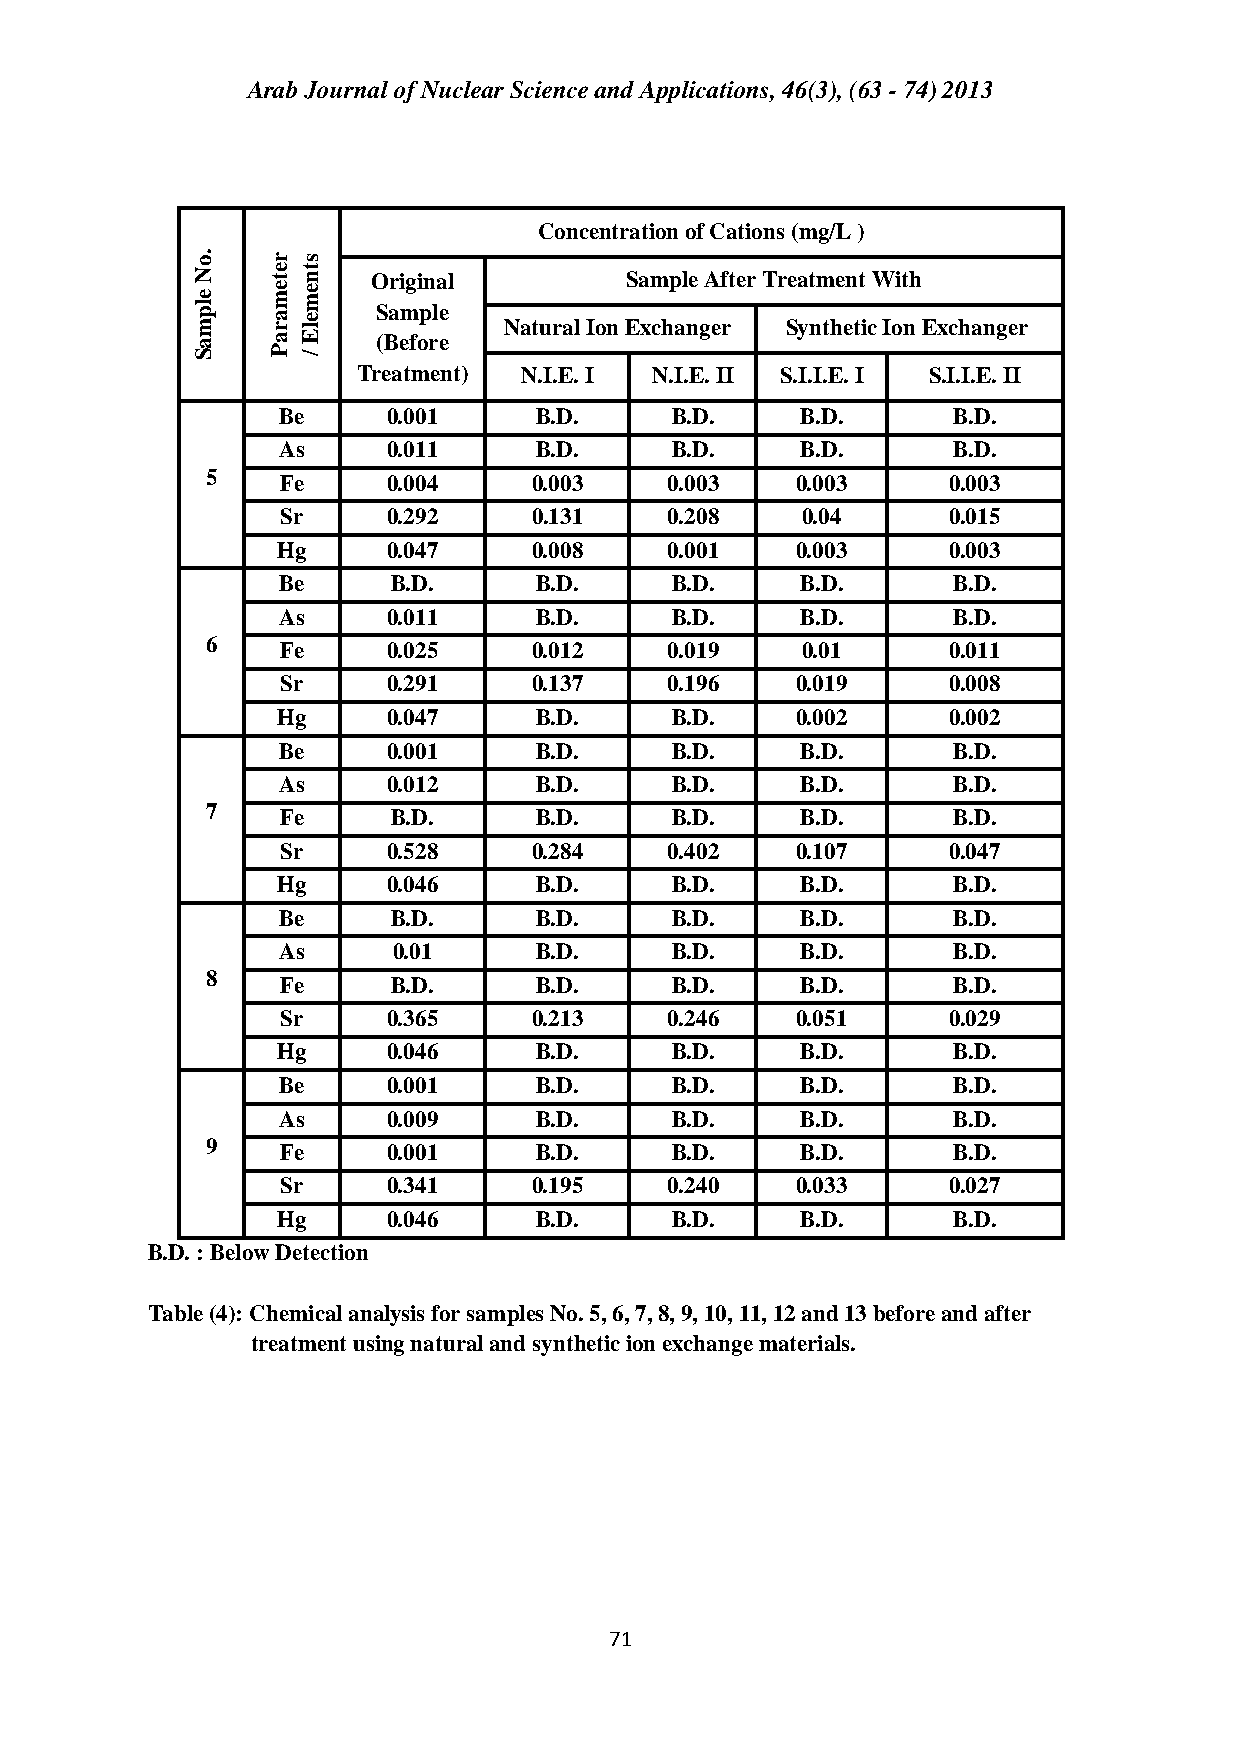
Arab Journal of Nuclear Science and Applications, 46(3), (63 - 74) 2013
 Concentration of Cations (mg/L )
 o.   r s
 N    te nt  Original        Sample After Treatment With
 mple rame leme
 Sample
 Natural Ion Exchanger Synthetic Ion Exchanger
 a    a E    (Before
 S    P /
 Treatment) N.I.E. I N.I.E. II S.I.I.E. I S.I.I.E. II
 Be      0.001    B.D.     B.D.     B.D.      B.D.
 As      0.011    B.D.     B.D.     B.D.      B.D.
 5    Fe     0.004    0.003    0.003    0.003     0.003
 Sr     0.292    0.131    0.208    0.04      0.015
 Hg      0.047    0.008    0.001    0.003     0.003
 Be      B.D.     B.D.     B.D.     B.D.      B.D.
 As      0.011    B.D.     B.D.     B.D.      B.D.
 6    Fe     0.025    0.012    0.019    0.01      0.011
 Sr     0.291    0.137    0.196    0.019     0.008
 Hg      0.047    B.D.     B.D.     0.002     0.002
 Be      0.001    B.D.     B.D.     B.D.      B.D.
 As      0.012    B.D.     B.D.     B.D.      B.D.
 7    Fe     B.D.     B.D.     B.D.     B.D.      B.D.
 Sr     0.528    0.284    0.402    0.107     0.047
 Hg      0.046    B.D.     B.D.     B.D.      B.D.
 Be      B.D.     B.D.     B.D.     B.D.      B.D.
 As      0.01     B.D.     B.D.     B.D.      B.D.
 8    Fe     B.D.     B.D.     B.D.     B.D.      B.D.
 Sr     0.365    0.213    0.246    0.051     0.029
 Hg      0.046    B.D.     B.D.     B.D.      B.D.
 Be      0.001    B.D.     B.D.     B.D.      B.D.
 As      0.009    B.D.     B.D.     B.D.      B.D.
 9    Fe     0.001    B.D.     B.D.     B.D.      B.D.
 Sr     0.341    0.195    0.240    0.033     0.027
 Hg      0.046    B.D.     B.D.     B.D.      B.D.
 B.D. : Below Detection
 Table (4): Chemical analysis for samples No. 5, 6, 7, 8, 9, 10, 11, 12 and 13 before and after
 treatment using natural and synthetic ion exchange materials.
 71